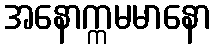
အနောက္ကမမာနော